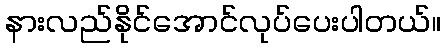
နားလည်နိုင်အောင်လုပ်ပေးပါတယ်။